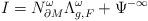
LaTeX: \begin{align*}I = N^\omega_{\partial M}\Lambda^\omega_{g,F} + \Psi^{-\infty}\end{align*}